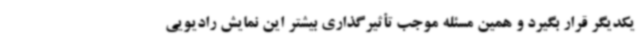
یکدیگر قرار بگیرد و همین مسئله موجب تأثیرگذاری بیشتر این نمایش رادیویی